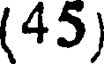
(45)